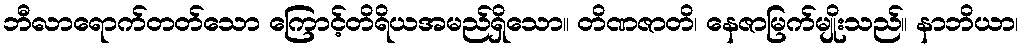
ဘီလာရောက်တတ်သော ကြောင့်တိရိယအမည်ရှိသော။ တိဏဇာတိ၊ နေဇာမြက်မျိုးသည်။ နာဘိယာ၊